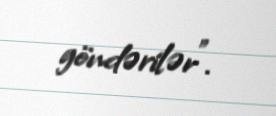
göndərilər”.